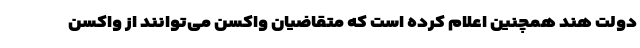
دولت هند همچنین اعلام کرده است که متقاضیان واکسن می‌توانند از واکسن